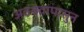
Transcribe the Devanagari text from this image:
अवयवांपासुन